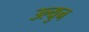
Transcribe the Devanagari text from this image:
उल्युन